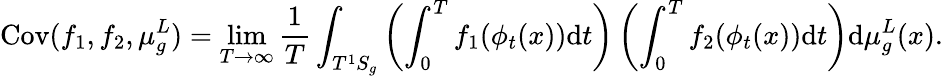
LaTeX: \mathrm{Cov}(f_{1},f_{2},\mu_{g}^{L})=\operatorname*{lim}_{T\to\infty}\frac{1}{T}\int_{T^{1}S_{g}}\left(\int_{0}^{T}f_{1}(\phi_{t}(x))\mathrm{d}t\right)\left(\int_{0}^{T}f_{2}(\phi_{t}(x))\mathrm{d}t\right)\mathrm{d}\mu_{g}^{L}(x).